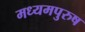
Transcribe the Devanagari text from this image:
मध्‍यमपुरुष